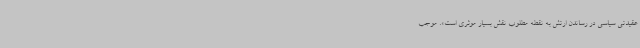
عقیدتی سیاسی در رساندن ارتش به نقطه مطلوب نقش بسیار موثری است». موجب